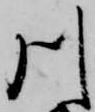
川